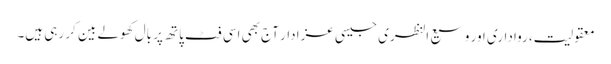
معقولیت، رواداری اور وسیع النظری جیسی عزا دار آج بھی اسی فٹ پاتھ پر بال کھولے بین کر رہی ہیں۔